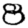
Digit: 8